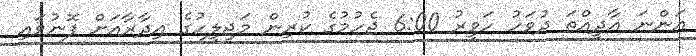
އަންނަ އާދީއްތަ ދުވަހު ހަވީރު 6:00 ޖެހުމުގެ ކުރިން މަޖިލީހުގެ އިދާރާއަށް ފޮނުވައި